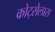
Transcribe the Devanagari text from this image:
कोट्सेलास